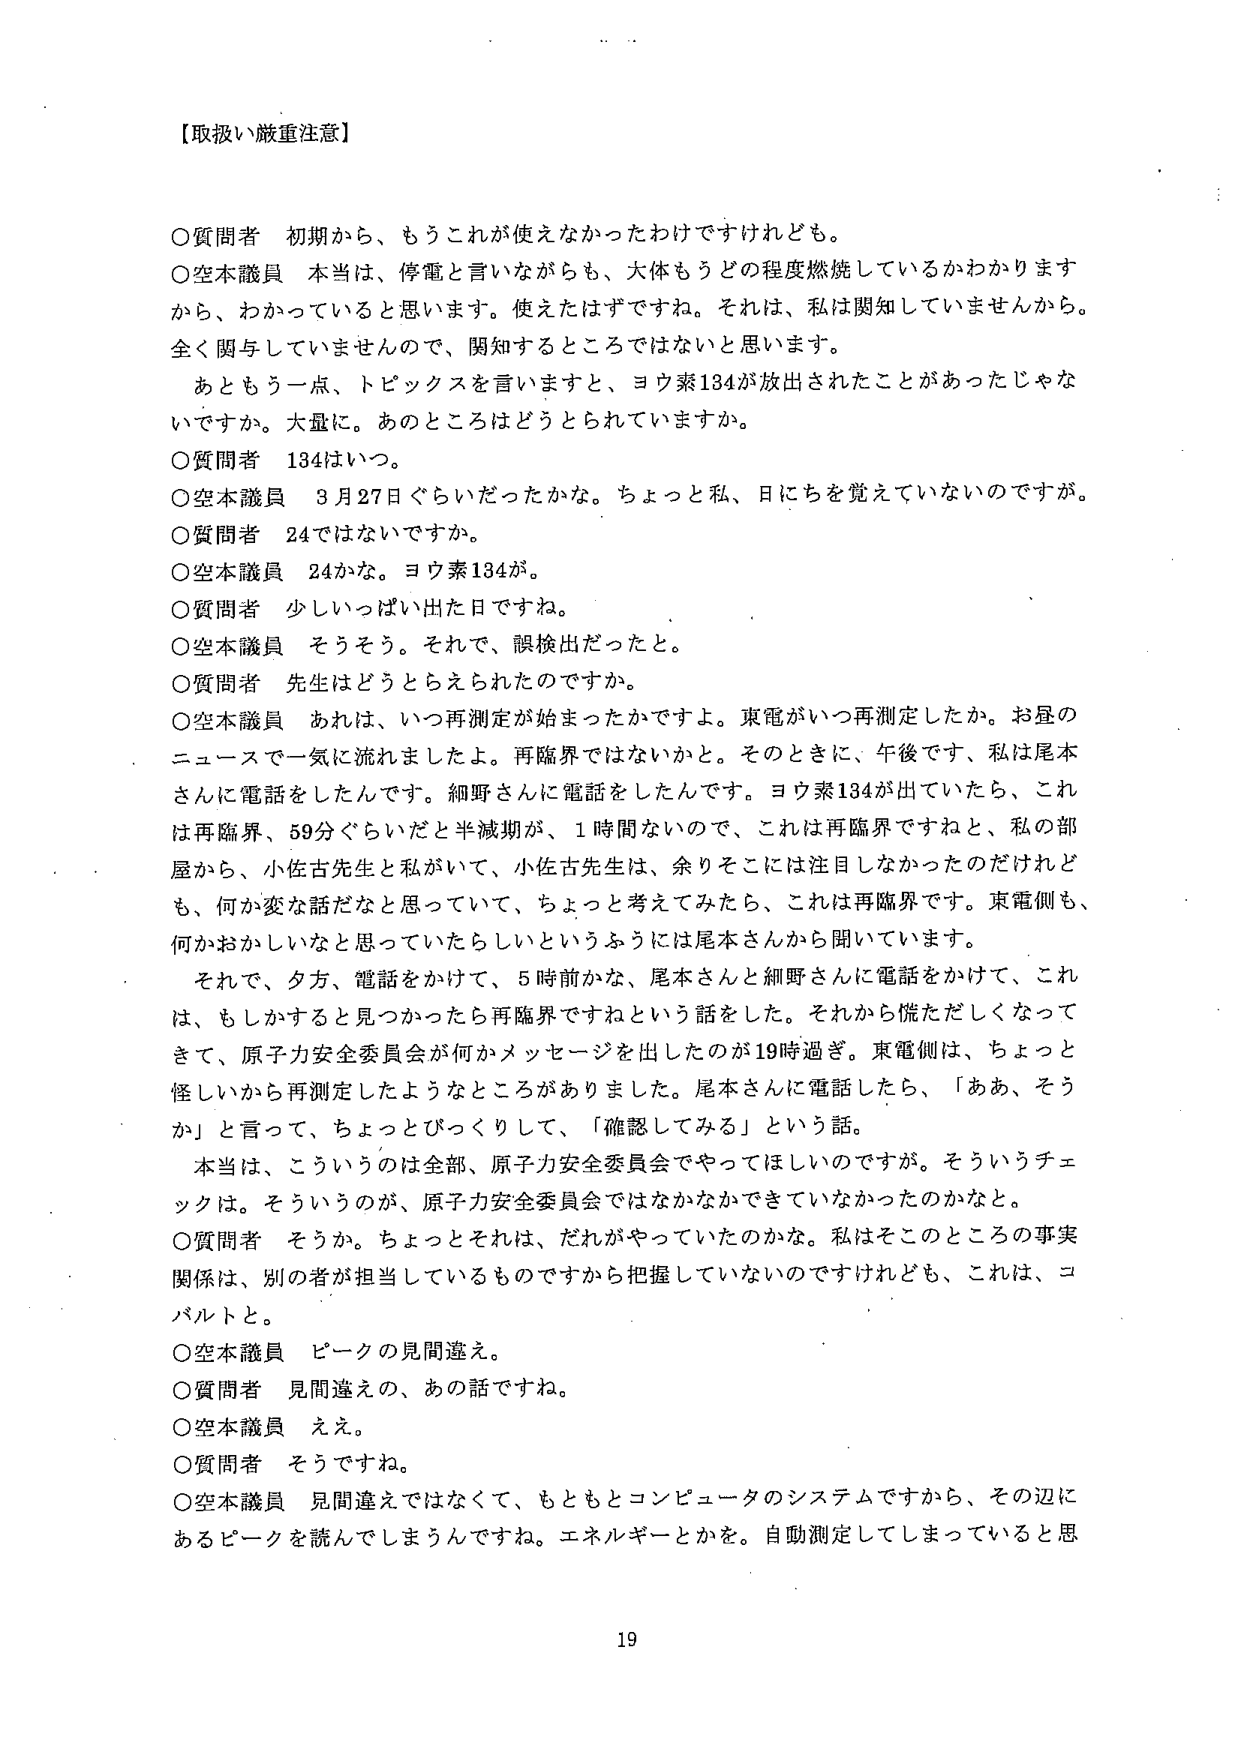
【取扱い厳重注意】

○質問者　初期から、もうこれが使えなかったわけですけれども。
○空本議員　本当は、停電と言いながらも、大体もうどの程度燃焼しているかわかりますから、わかっていると思います。使えたはずですね。それは、私は関知していませんから。全く関与していませんので、関知するところではないと思います。
　あともう一点、トピックスを言いますと、ヨウ素134が放出されたことがあったじゃないですか。大量に。あのところはどうとられていますか。
○質問者　134はいつ。
○空本議員　3月27日ぐらいだったかな。ちょっと私、日にちを覚えていないのですが。
○質問者　24ではないですか。
○空本議員　24かな。ヨウ素134が。
○質問者　少しいっぱい出た日ですね。
○空本議員　そうそう。それで、誤検出だったと。
○質問者　先生はどうとらえられたのですか。
○空本議員　あれは、いつ再測定が始まったかですよ。東電がいつ再測定したか。お昼のニュースで一気に流れましたよ。再臨界ではないかと。そのときに、午後です、私は尾本さんに電話をしたんです。細野さんに電話をしたんです。ヨウ素134が出ていたら、これは再臨界、59分ぐらいだと半減期が、1時間ないので、これは再臨界ですねと、私の部屋から、小佐古先生と私がいて、小佐古先生は、余りそこには注目しなかったのだけれども、何か変な話だなと思っていて、ちょっと考えてみたら、これは再臨界です。東電側も、何かおかしいなと思っていたらしいというふうには尾本さんから聞いています。
　それで、夕方、電話をかけて、5時前かな、尾本さんと細野さんに電話をかけて、これは、もしかすると見つかったら再臨界ですねという話をした。それから慌ただしくなってきて、原子力安全委員会が何かメッセージを出したのが19時過ぎ。東電側は、ちょっと怪しいから再測定したようなところがありました。尾本さんに電話したら、「ああ、そうか」と言って、ちょっとびっくりして、「確認してみる」という話。
　本当は、こういうのは全部、原子力安全委員会でやってほしいのですが。そういうチェックは。そういうのが、原子力安全委員会ではなかなかできていなかったのかなと。
○質問者　そうか。ちょっとそれは、だれがやっていたのかな。私はそこのところの事実関係は、別の者が担当しているものですから把握していないのですけれども、これは、コバルトと。
○空本議員　ピークの見間違え。
○質問者　見間違えの、あの話ですね。
○空本議員　ええ。
○質問者　そうですね。
○空本議員　見間違えではなくて、もともとコンピュータのシステムですから、その辺にあるピークを読んでしまうんですね。エネルギーとかを。自動測定してしまっていると思

19